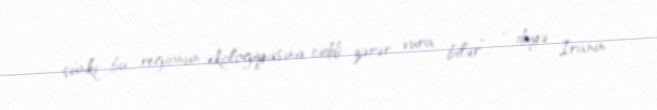
çünki bu, regionun ekologiyasına ciddi zərər vura bilər”, - deyə İranın